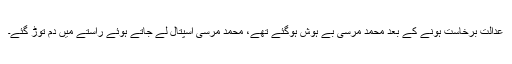
عدالت برخاست ہونے کے بعد محمد مرسی بے ہوش ہوگئے تھے، محمد مرسی اسپتال لے جاتے ہوئے راستے میں دم توڑ گئے۔